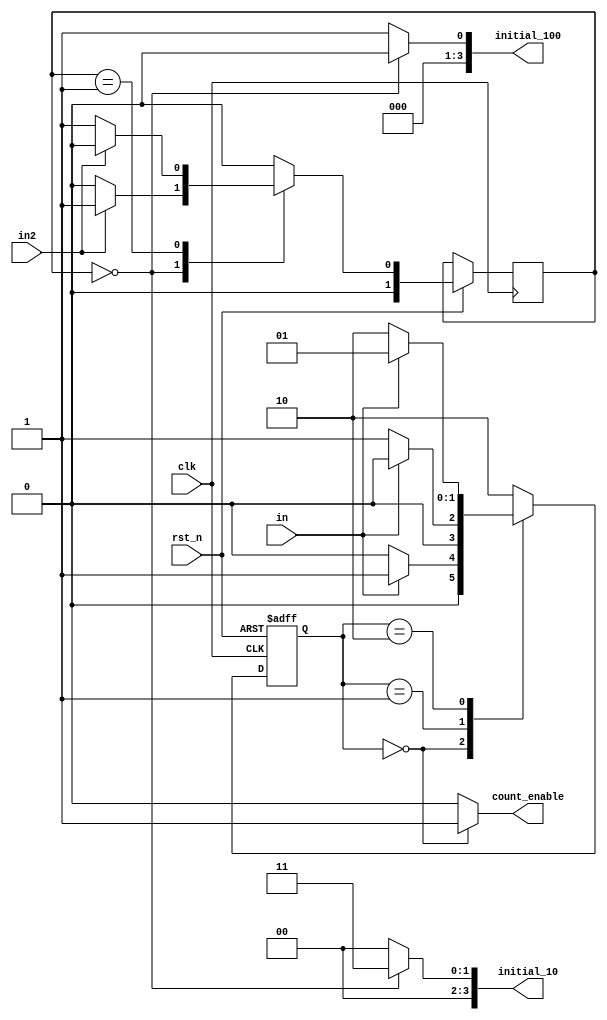
`timescale 1ns / 1ps
//////////////////////////////////////////////////////////////////////////////////
// Company: 
// Engineer: 
// 
// Design Name: 
// Module Name: fsm
// Project Name: 
// Target Devices: 
// Tool Versions: 
// Description: 
// 
// Dependencies: 
// 
// Revision:
// Revision 0.01 - File Created
// Additional Comments:
// 
//////////////////////////////////////////////////////////////////////////////////


module fsm(
    count_enable,   //count or not
    initial_100,
    initial_10,
    in,     //press or not
    in2,
    clk,    //global clock
    rst_n   //negative edge reset
);

output count_enable;
output [3:0] initial_100, initial_10;
input clk;
input rst_n;
input in, in2;
reg [3:0]initial_100, initial_10;
reg count_enable;
reg [1:0]state;
reg [1:0]state_2;
reg [1:0]next_state;
reg [1:0]next_state_2;

//FSM state decision
always @*
    case (state)
        2'b00:
        if (in == 1'b0)
            next_state = 2'b00;
        else
            next_state = 2'b01;
            
        2'b01:
        if (in == 1'b0)
            next_state = 2'b01;
        else
            next_state = 2'b00;
        
        2'b10:
            if (in == 1'b0)
                next_state = 2'b10;
            else
                next_state = 2'b01;
                
        default:    //only for format of case
            next_state = 2'b10;
    endcase

always @*
    case (state_2)
        2'b00:
        if (in2 == 1'b0)
            next_state_2 = 2'b00;
        else
            next_state_2 = 2'b01;
            
        2'b01:
        if (in2 == 1'b0)
            next_state_2 = 2'b01;
        else
            next_state_2 = 2'b00;
                
        default:    //only for format of case
            next_state_2 = 2'b00;
    endcase

always @*
    if (state == 2'b00)
        count_enable = 1;
    else if (state == 2'b01) 
        count_enable = 0;
    else
        count_enable = 0;

always @*
    if (state_2 == 2'b00) begin
        initial_100 = 4'd0;
        initial_10 = 4'd3;
    end
    else begin
        initial_100 = 4'd1;
        initial_10 = 4'd0;
    end

//FSM state transition
always @(posedge clk or negedge rst_n)
     if (~rst_n)
        state <= 2'b10;
     else begin
        state <= next_state;
        state_2 <= next_state_2;
     end

endmodule